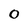
Character: O